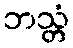
ဘသ္တံ